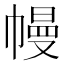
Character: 幔